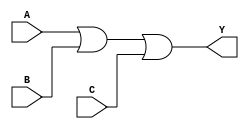
module OR3 (
    input A,
    input B,
    input C,
    output Y
);

assign Y = A | B | C;

endmodule